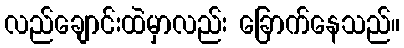
လည်ချောင်းထဲမှာလည်း ခြောက်နေသည်။